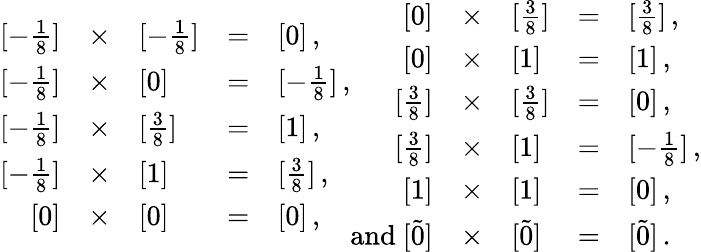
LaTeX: \begin{array}{rclcl}{{{}[-\frac{1}{8}]}}&{{\times}}&{{[-\frac{1}{8}]}}&{{=}}&{{[0]\, ,}}\\ {{{}[-\frac{1}{8}]}}&{{\times}}&{{[0]}}&{{=}}&{{[-\frac{1}{8}]\, ,}}\\ {{{}[-\frac{1}{8}]}}&{{\times}}&{{[\frac{3}{8}]}}&{{=}}&{{[1]\, ,}}\\ {{{}[-\frac{1}{8}]}}&{{\times}}&{{[1]}}&{{=}}&{{[\frac{3}{8}]\, ,}}\\ {{{}[0]}}&{{\times}}&{{[0]}}&{{=}}&{{[0]\, ,}}\end{array}\begin{array}{rclcl}{{{}[0]}}&{{\times}}&{{[\frac{3}{8}]}}&{{=}}&{{[\frac{3}{8}]\, ,}}\\ {{{}[0]}}&{{\times}}&{{[1]}}&{{=}}&{{[1]\, ,}}\\ {{{}[\frac{3}{8}]}}&{{\times}}&{{[\frac{3}{8}]}}&{{=}}&{{[0]\, ,}}\\ {{{}[\frac{3}{8}]}}&{{\times}}&{{[1]}}&{{=}}&{{[-\frac{1}{8}]\, ,}}\\ {{{}[1]}}&{{\times}}&{{[1]}}&{{=}}&{{[0]\, ,}}\\ {{\mathrm{and\ }{}[\tilde{0}]}}&{{\times}}&{{[\tilde{0}]}}&{{=}}&{{[\tilde{0}]\, .}}\end{array}